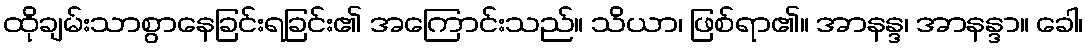
ထိုချမ်းသာစွာနေခြင်းရခြင်း၏ အကြောင်းသည်။ သိယာ၊ ဖြစ်ရာ၏။ အာနန္ဒ၊ အာနန္ဒာ။ ခေါ၊